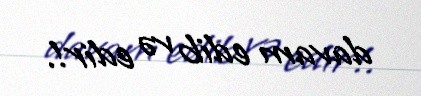
davam edib və edir!.